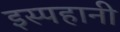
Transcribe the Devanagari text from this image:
इस्पहानी